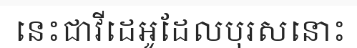
នេះជាវីដេអូដែលបុរសនោះ